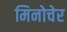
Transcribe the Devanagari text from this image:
मिनोचेर